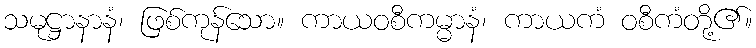
သမုဋ္ဌာနာနံ၊ ဖြစ်ကုန်သော။ ကာယဝစီကမ္မာနံ၊ ကာယကံ ဝစီကံတို့၏။